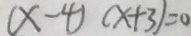
( x - 4 ) ( x + 3 ) = 0